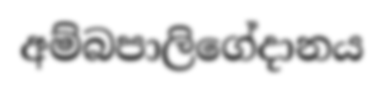
අම්බපාලිගේදානය